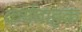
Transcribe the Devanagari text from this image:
कर्यवाहक